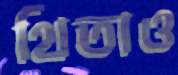
থিতাও